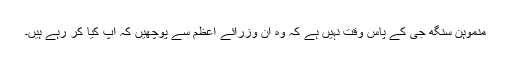
منموہن سنگھ جی کے پاس وقت نہیں ہے کہ وہ ان وزرائے اعظم سے پوچھیں کہ آپ کیا کر رہے ہیں۔